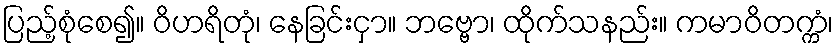
ပြည့်စုံစေ၍။ ဝိဟရိတုံ၊ နေခြင်းငှာ။ ဘဗ္ဗော၊ ထိုက်သနည်း။ ကမာဝိတက္ကံ၊